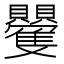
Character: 𮚮